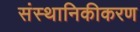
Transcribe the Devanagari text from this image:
संस्थानिकीकरण